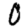
Digit: 0